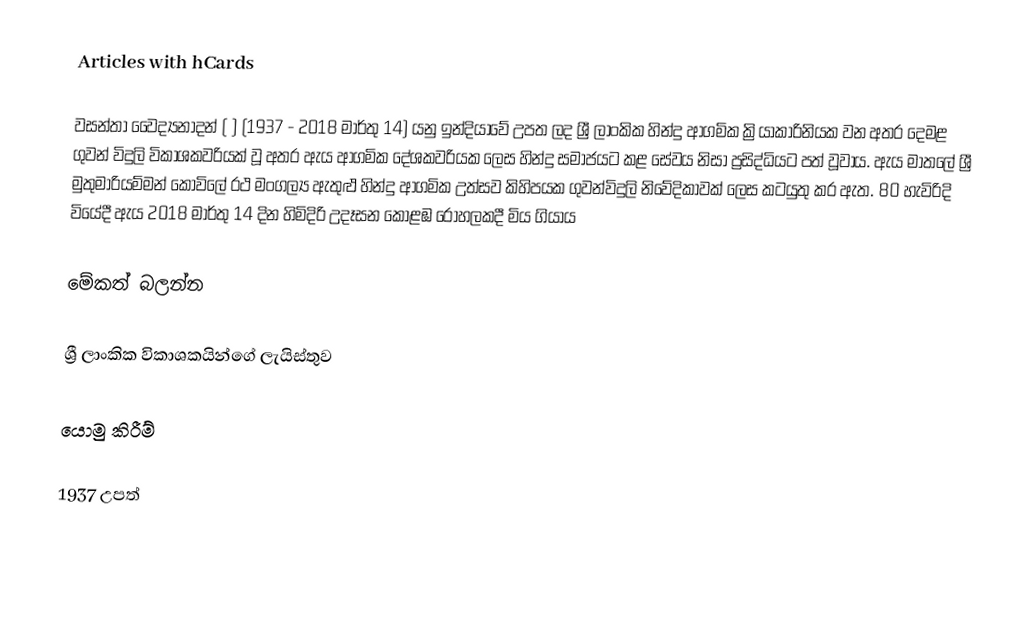
Articles with hCards

වසන්තා වෛද්‍යනාදන් (    ) (1937 - 2018 මාර්තු 14) යනු ඉන්දියාවේ උපත ලද ශ්‍රී ලාංකික හින්දු ආගමික ක්‍රියාකාරිනියක වන අතර දෙමළ ගුවන් විදුලි විකාශකවරියක් වූ අතර ඇය ආගමික දේශකවරියක ලෙස හින්දු සමාජයට කළ සේවය නිසා ප්‍රසිද්ධියට පත් වූවාය. ඇය මාතලේ ශ්‍රී මුතුමාරියම්මන් කෝවිලේ රථ මංගල්‍ය ඇතුළු හින්දු ආගමික උත්සව කිහිපයක ගුවන්විදුලි නිවේදිකාවක් ලෙස කටයුතු කර ඇත. 80 හැවිරිදි වියේදී  ඇය 2018 මාර්තු 14 දින හිමිදිරි උදෑසන කොළඹ රෝහලකදී මිය ගියාය

මේකත් බලන්න

 ශ්‍රී ලාංකික විකාශකයින්ගේ ලැයිස්තුව

යොමු කිරීම්

1937 උපත්